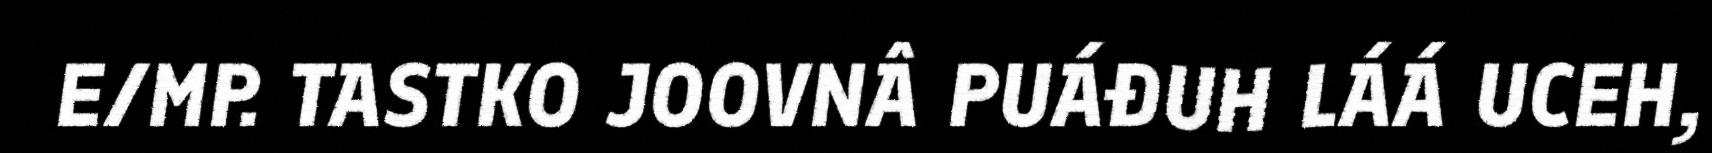
E/MP. TASTKO JOOVNÂ PUÁĐUH LÁÁ UCEH,